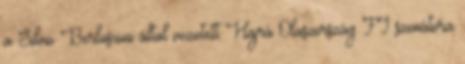
a Silvio Berlusconi által vezetett Hajrá Olaszország FI szenátora